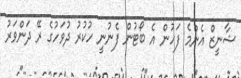
ޝާނީޒް އެންމެ ފަހުން އެ ބޯޓުން ފެނުނީ ހުކުރު ދުވަހުގެ ރޭ ދަންވަރު